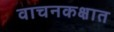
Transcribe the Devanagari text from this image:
वाचनकक्षात